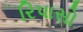
રિપાસો